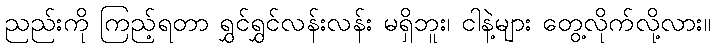
ညည်းကို ကြည့်ရတာ ရွှင်ရွှင်လန်းလန်း မရှိဘူး၊ ငါနဲ့များ တွေ့လိုက်လို့လား။